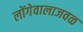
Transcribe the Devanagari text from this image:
लोंगेवालाजवळ